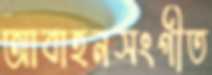
আবাহনসংগীত